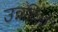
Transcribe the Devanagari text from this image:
उन्नतिओं